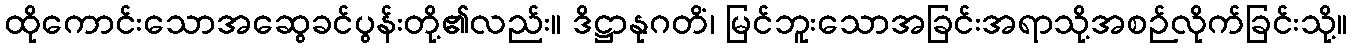
ထိုကောင်းသောအဆွေခင်ပွန်းတို့၏လည်း။ ဒိဋ္ဌာနုဂတိံ၊ မြင်ဘူးသောအခြင်းအရာသို့အစဉ်လိုက်ခြင်းသို့။